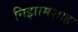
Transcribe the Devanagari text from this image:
निझामशाह